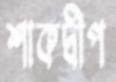
শাকদ্বীপ